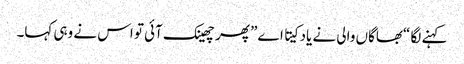
کہنے لگا “بھاگاں والی نے یاد کیتا اے” پھر چھینک آئی تو اس نے وہی کہا۔